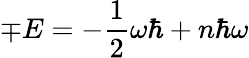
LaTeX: \mp E=-\frac{1}{2}\omega\hbar+n\hbar\omega